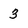
Character: 3